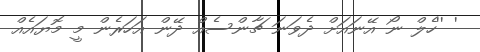
' ''ހެލް ނޯ އޭނައަށް ދެވަނަ ޗާންސެއް ދޭން އަހަރެން މީ މޮޔައެއް